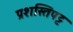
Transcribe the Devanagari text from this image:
प्रशस्तिपट्ट